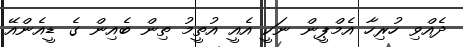
ދެއްވި ހުރިހާ އެމްޕީން ނަކީ އެއީ އުތީމު ތިން ބެއިން ގެ ޑީއެންއޭ